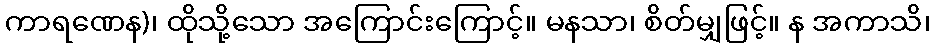
ကာရဏေန)၊ ထိုသို့သော အကြောင်းကြောင့်။ မနသာ၊ စိတ်မျှဖြင့်။ န အကာသိ၊